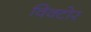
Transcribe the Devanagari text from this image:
विक्टोर